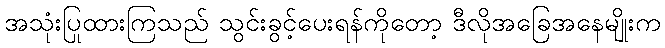
အသုံးပြုထားကြသည် သွင်းခွင့်ပေးရန်ကိုတော့ ဒီလိုအခြေအနေမျိုးက